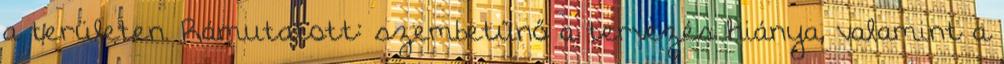
a területen. Rámutatott: szembetűnő a tervezés hiánya, valamint a